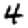
Digit: 4